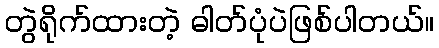
တွဲရိုက်ထားတဲ့ ဓါတ်ပုံပဲဖြစ်ပါတယ်။